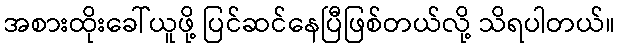
အစားထိုးခေါ်ယူဖို့ ပြင်ဆင်နေပြီဖြစ်တယ်လို့ သိရပါတယ်။